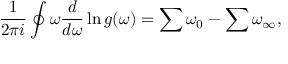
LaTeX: \frac { 1 } { 2 \pi i } \oint \omega \frac { d } { d \omega } \ln g ( \omega ) = \sum \omega _ { 0 } - \sum \omega _ { \infty } ,